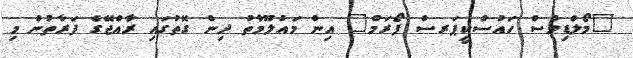
"މޯލްޑިވްސް ހައުސްކީޕަރސް ފޯރަމް" އިން މައުލޫމާތު ދިން ގޮތުގައި ރާއްޖޭގެ ފަރާތުން މި